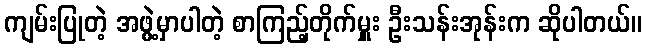
ကျမ်းပြုတဲ့ အဖွဲ့မှာပါတဲ့ စာကြည့်တိုက်မှူး ဦးသန်းအုန်းက ဆိုပါတယ်။